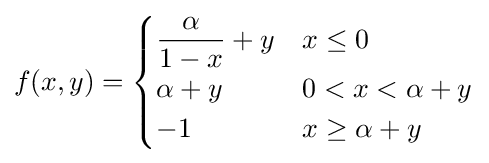
f(x,y)={\begin{cases}{\dfrac {\alpha }{1-x}}+y&x\leq 0\\\alpha +y&0<x<\alpha +y\\-1&x\geq \alpha +y\end{cases}}